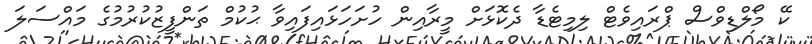
ކޭ މޯލްޑިވްސް ޕްރައިވެޓް ލިމިޓެޑާ ދެކޮޅަށް މީރާއިން ހުށަހަޅައިފައިވާ ޙުކުމް ތަންފީޒުކުރުމުގެ މައްސަލަ